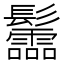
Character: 𩰂